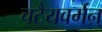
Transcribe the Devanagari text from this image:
चटैयवर्मऩ्